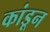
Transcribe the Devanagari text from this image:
कांडून